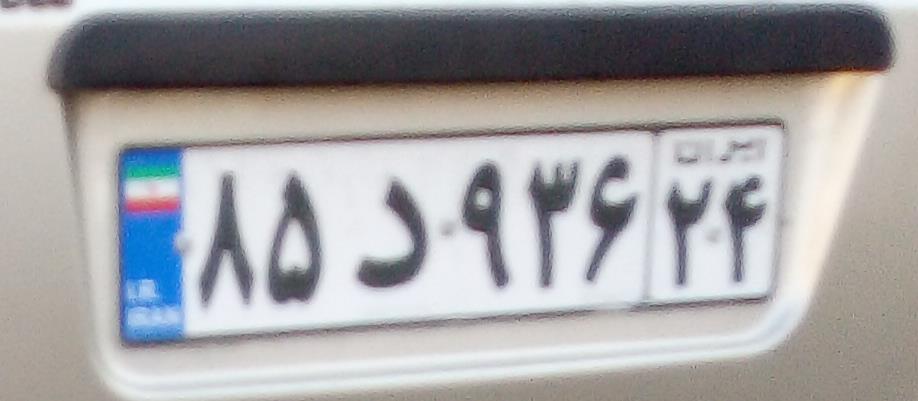
۸۵د۹۳۶۲۴